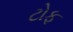
ટોફ